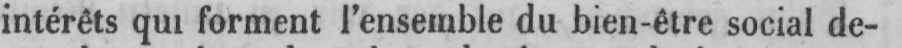
intérêts qui forment l’ensemble du bien-être social de-